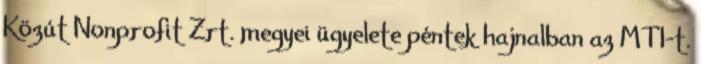
Közút Nonprofit Zrt. megyei ügyelete péntek hajnalban az MTI-t.